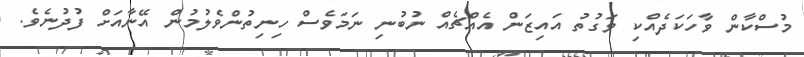
މުސްކާން ވާހަކަދެއްކި ވަގުތު އައިޒަން އެއްޗެއް ނުބުނި ނަމަވެސް ހިނިތުންވެލުމުން އޭނާއަށް ފުދުނެވެ.